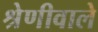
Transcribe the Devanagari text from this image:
श्रेणीवाले